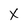
Character: X